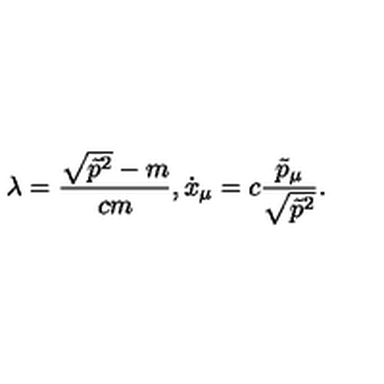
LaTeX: \lambda = \frac { \sqrt { \tilde { p } ^ { 2 } } - m } { c m } , \dot { x } _ { \mu } = c \frac { \tilde { p } _ { \mu } } { \sqrt { \tilde { p } ^ { 2 } } } { . }